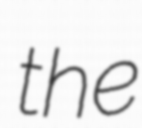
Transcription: the